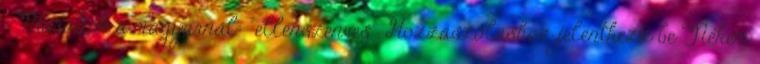
: Maradok a magyarnál: "ellenszenves". Hozzászóláshoz jelentkezz be Nekem